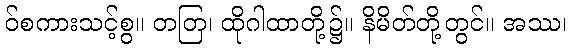
ဝ်စကားသင့်စွ။ တတြ၊ ထိုဂါထာတို့၌။ နိမိတ်တို့တွင်။ အဿ၊